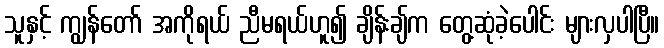
သူနှင့် ကျွန်တော် အကိုရယ် ညီမရယ်ဟူ၍ ချိန်းချ်က တွေ့ဆုံခဲ့ပေါင်း များလှပါပြီ။